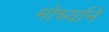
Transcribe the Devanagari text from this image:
मोर्च्याने